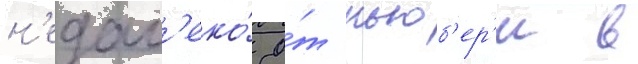
н'едал'еко́ о́т ньюб'ер'и в